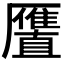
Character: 𱁍